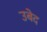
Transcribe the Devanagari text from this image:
उबेद